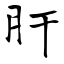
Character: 肝